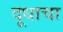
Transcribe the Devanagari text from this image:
दूधाचा